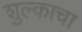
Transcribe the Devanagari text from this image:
शुल्काचा